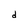
Character: d